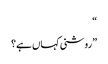
“
”روشنی کہاں ہے؟